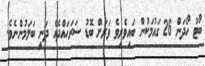
ބޯޓު ހޯދަން 26 ގައުމަކުން ބައިވެރިވެ ވަރަށް ބޮޑު ސަރަހައްދެއް ދަނީ ބަލަމުންނެވެ.